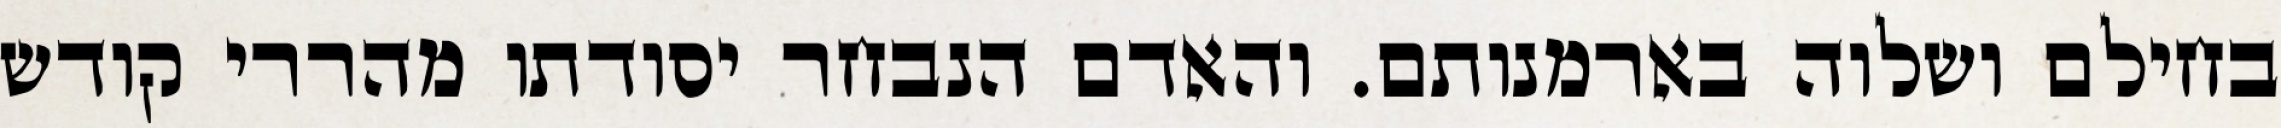
בחילם ושלוה בארמנותם. והאדם הנבחר יסודתו מהררי קודש